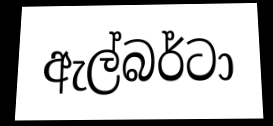
ඇල්බර්ටා